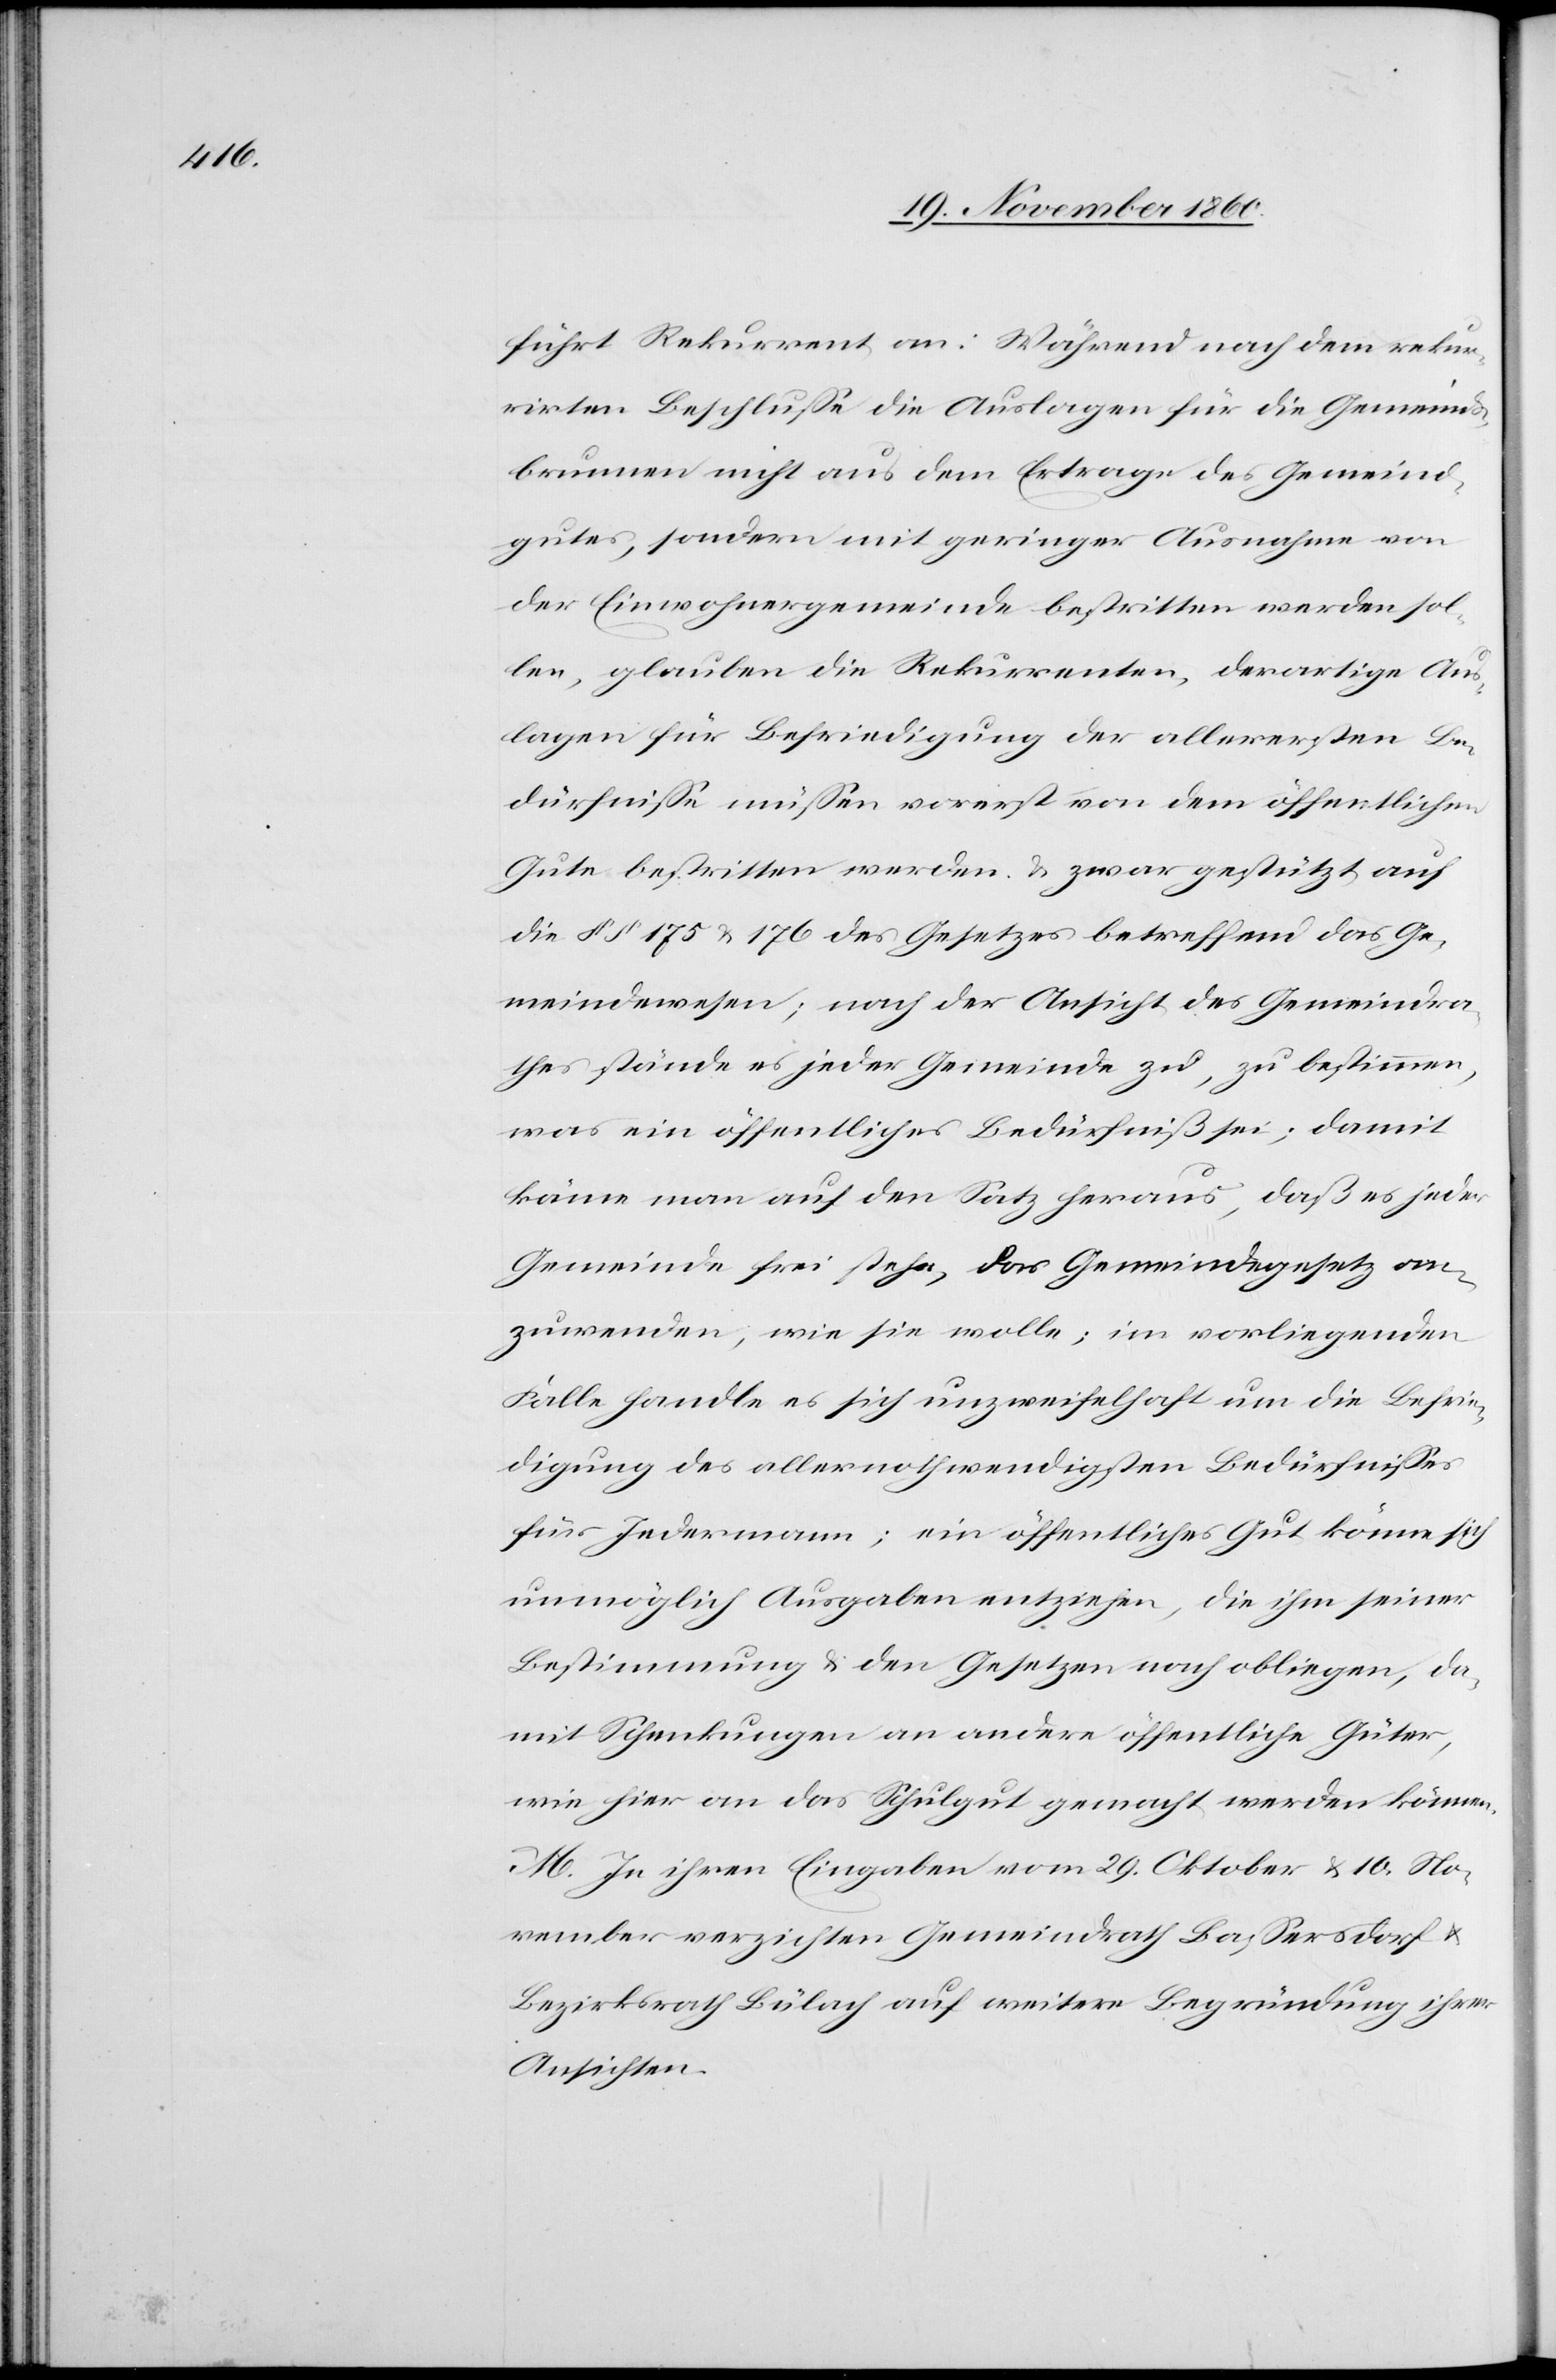
führt Rekurrent an: Während nach dem rekur¬
rirten Beschlusse die Auslagen für die Gemeinds¬
brunnen nicht aus dem Ertrage des Gemeind¬
gutes, sondern mit geringer Ausnahme von
der Einwohnergemeinde bestritten werden sol¬
le, glauben die Rekurrenten, derartigen Aus¬
lagen für Befriedigung der allerersten Be¬
dürfnisse müssen vorerst von dem öffentlichen
Gute bestritten werden u. zwar gestützt auf
die §§ 175 u. 176 des Gesetzes betreffend das Ge¬
meindewesen; nach der Ansicht des Gemeindra¬
thes stände es jeder Gemeinde zu, zu bestimmen,
was ein öffentliches Bedürfniß sei; damit
käme man auf den Satz heraus, daß es jeder
Gemeinde frei stehe, das Gemeindegesetz an¬
zuwenden, wie sie wolle; im vorliegenden
Falle handle es sich unzweifelhaft um die Befrie¬
digung des allernothwendigsten Bedürfnisses
für Jedermann; ein öffentliches Gut könne sich
unmöglich Ausgaben entziehen, die ihm seiner
Bestimmung u. den Gesetzen nach obliegen, da¬
mit Schenkungen an andere öffentliche Güter,
wie hier an das Schulgut gemacht werden können.
M. In ihren Eingaben vom 29. Oktober u. 10. No¬
vember verzichten Gemeindrath Bassersdorf u.
Bezirksrath Bülach auf weitere Begründung ihrer
Ansichten.